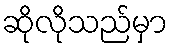
ဆိုလိုသည်မှာ